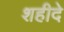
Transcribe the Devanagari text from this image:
शहीदे